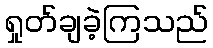
ရှုတ်ချခဲ့ကြသည်